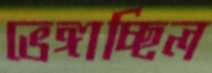
ভেঙ্গাচ্ছিল